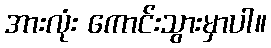
အားလုံး ကောင်းသွားမှာပါ။